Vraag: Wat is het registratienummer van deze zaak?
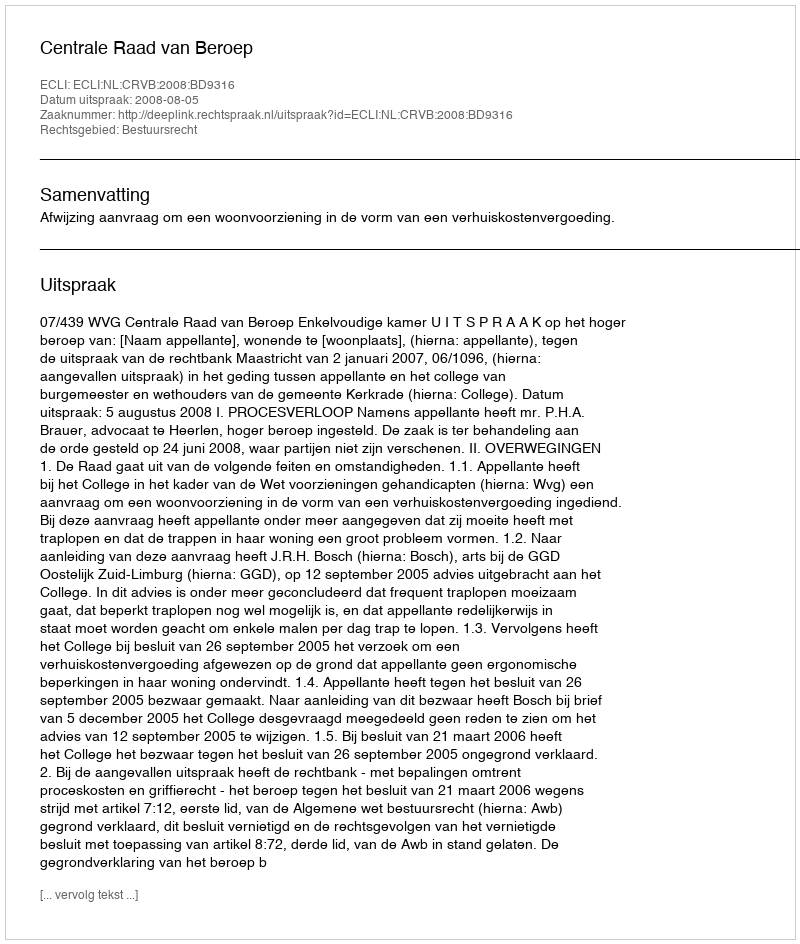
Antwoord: http://deeplink.rechtspraak.nl/uitspraak?id=ECLI:NL:CRVB:2008:BD9316